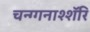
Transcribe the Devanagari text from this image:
चन्ग्गनाश्शॅरि